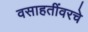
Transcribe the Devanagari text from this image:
वसाहतींवरचे